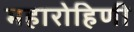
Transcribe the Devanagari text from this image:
महारोहिणी